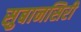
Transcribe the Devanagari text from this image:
सुबानसिरी